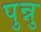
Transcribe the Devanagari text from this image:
पुन्नु